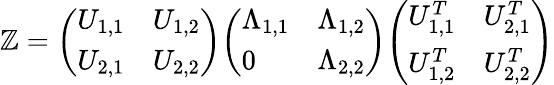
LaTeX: \mathbb{Z}={\left(\begin{array}{ll}{U_{1,1}}&{U_{1,2}}\\ {U_{2,1}}&{U_{2,2}}\end{array}\right)}{\left(\begin{array}{ll}{\Lambda_{1,1}}&{\Lambda_{1,2}}\\ {0}&{\Lambda_{2,2}}\end{array}\right)}{\left(\begin{array}{ll}{U_{1,1}^{T}}&{U_{2,1}^{T}}\\ {U_{1,2}^{T}}&{U_{2,2}^{T}}\end{array}\right)}